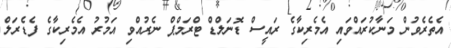
އެތެރެވުން މަނާކުރައްވައި އެމެރިކާގެ ރައީސް ޑޮނަލްޑް ޓްރަމްޕް ނެރުއްވި އަމުރު އެމެރިކާގެ ފެޑެރަލް